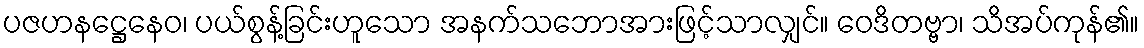
ပဇဟနဋ္ဌေနေဝ၊ ပယ်စွန့်ခြင်းဟူသော အနက်သဘောအားဖြင့်သာလျှင်။ ဝေဒိတဗ္ဗာ၊ သိအပ်ကုန်၏။